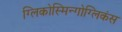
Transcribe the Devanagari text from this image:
ग्लिकोस्मिन्गोग्लिकंस